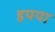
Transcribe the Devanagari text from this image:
इयया